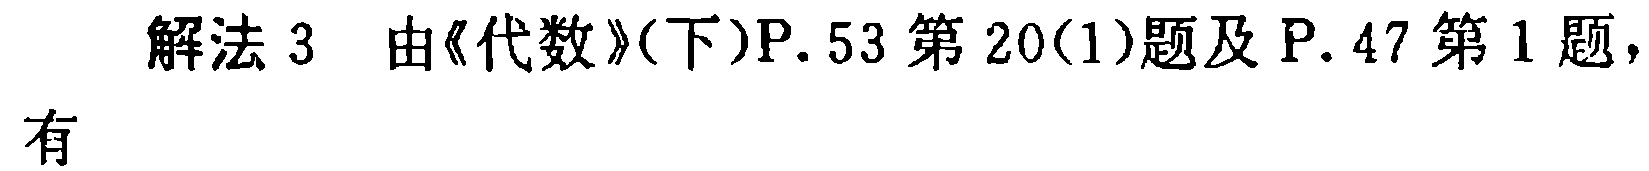
解法 3 由《代数》(下)P. 53 第 20(1)题及 P. 47 第 1 题，有